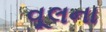
વૂલના